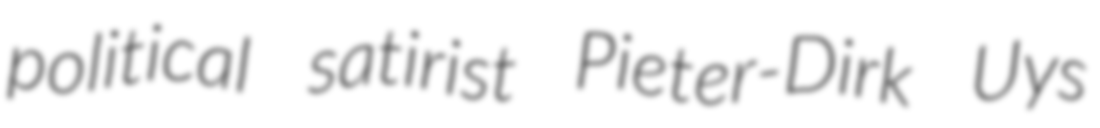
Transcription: political satirist Pieter-Dirk Uys